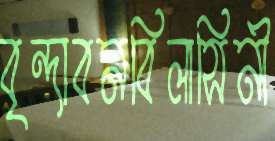
বৃন্দাবনবিলাসিনী